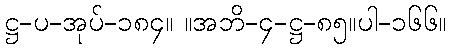
ဋ္ဌ-ပ-အုပ်-၁၈၄။ ။အဘိ-၄-ဋ္ဌ-၈၅။ပါ-၁၆၆။